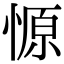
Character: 㥳